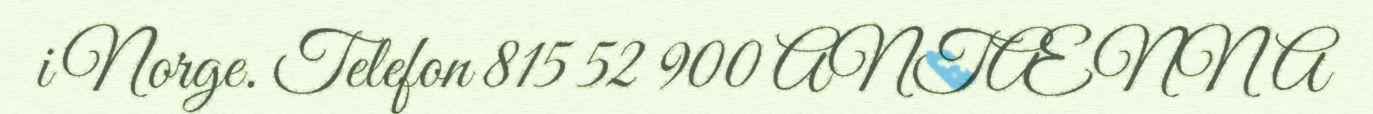
i Norge. Telefon 815 52 900 ANTÆNNA